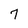
Character: 7